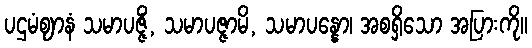
ပဌမံဈာနံ သမာပဇ္ဇိံ, သမာပဇ္ဇာမိ, သမာပန္နော၊ အစရှိသော အပြားကို။